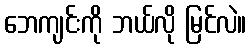
ဘေကျင်းကို ဘယ်လို မြင်လဲ။